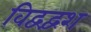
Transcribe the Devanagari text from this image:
विद्वद्वंश